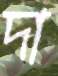
দা